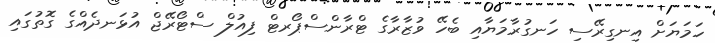
ހަމަޔަށް އިނގިރޭސި ހަނގުރާމަޔާއި ބެހޭ ވުޒާރާގެ ޓްރާންސްޕޯރޓް ފިއުލް ސްޓޯރޭޖް އުޅަނދެއްގެ ގޮތުގައި